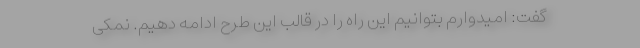
گفت: امیدوارم بتوانیم این راه را در قالب این طرح ادامه دهیم. نمکی